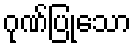
ဂုဏ်ပြုသော